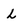
Character: L